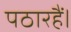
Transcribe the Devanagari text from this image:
पठारहैं।